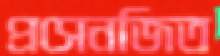
প্রসেনজিত